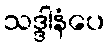
သဒ္ဒါနံပေ